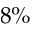
8 \%